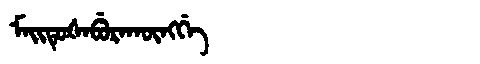
Manchu: ᠮᠠᡳᡨᡠᡧᠠᠪᡠᡵᠠᡴᡡᠩᡤᡝ
Romanization: MAITUŠABURAKŪNGGE